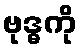
ဗုဒ္ဓကို